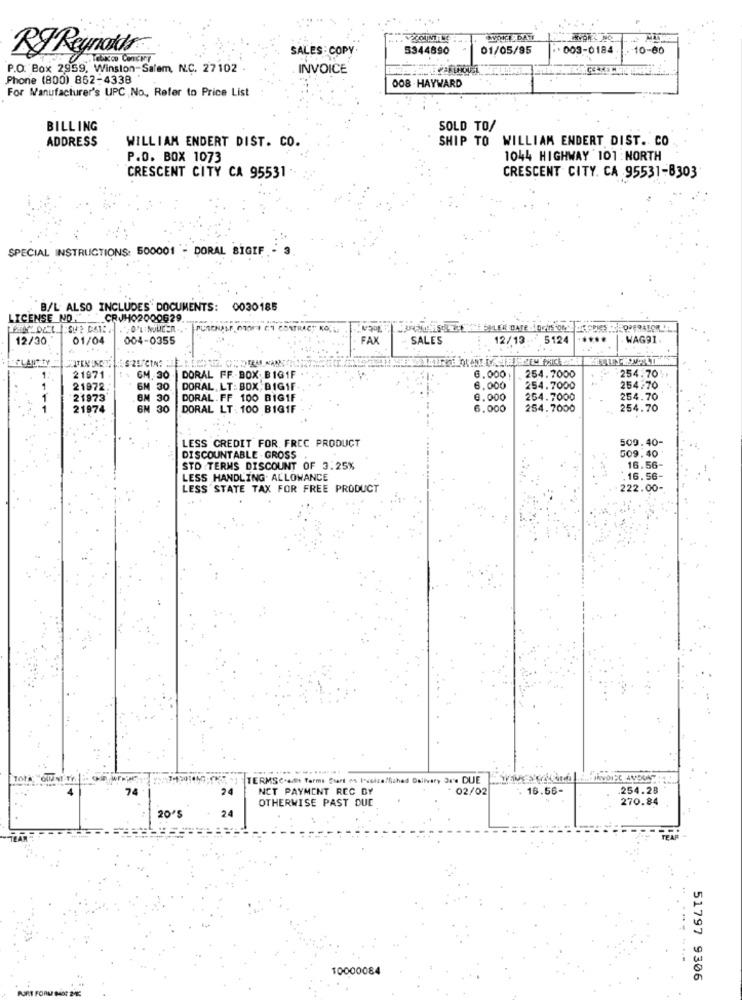
WOKE DATI
SALES : COPY
5344890
01/05/95
003-0184
. 10-60
RJ Reynolds
TOKOD COMENT
P.O. Box 2959, Winston-Salem, N.C. 27102
INVOICE
Phone (800) 862-4338
For Manufacturer's UPC No ., Refer to Price List
008 - HAYWARD
BILLING
SOLD TO/
ADDRESS
SHIP TO WILLIAM ENDERT DIST. CO
WILLIAM ENDERT DIST. CO.
P.O. BOX 1073
1044 HIGHWAY 101 : NORTH
CRESCENT CITY CA 95531
CRESCENT CITY. CA 95531-8303
SPECIAL INSTRUCTIONS: 500001 - DORAL BIGIF
B/L ALSO INCLUDES DOCUMENTS: 0030185
LICENSE NO.CRJHO2000629
12/30
01/04
004-0355
FAX
SALES
12/13
5124
WAG91.
LAUT
G-ZETCING
21971
GM. 30 DORAL FF-BOX BIG1F
6.000
254.7000
254.70
21972.
30.
DORAL LT: BOX BIGIF
6,000
254.7000
254.70
21973
30
DORAL.FF 100 BIG1F
0.000
264.7000
254.70
21974
DORAL LT: 100 BIG1F
6.000
254.7000
254.70
509.40-
LESS CREDIT FOR FREC PRODUCT
509.40
DISCOUNTABLE . GROSS .
STO TERMS DISCOUNT OF 3.25%
16.56-
LESS HANDLING. ALLOWANCE
16.56-
LESS STATE TAX FOR FREE PRODUCT
222.00-
TERMS Credt farms Start es I'veizaffiched Delivery Or's DUE
24
NCT PAYMENT REC BY
- 02/02
16.56-
254.28
OTHERWISE PAST DUE
270.84
24
20'S
10000084
51797 9306